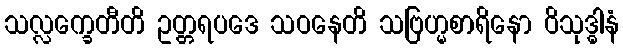
သလ္လက္ခေတီတိ ဥတ္တရပဒေ သဝနေတိ သဗြဟ္မစာရိနော ဝိသုဒ္ဓါနံ